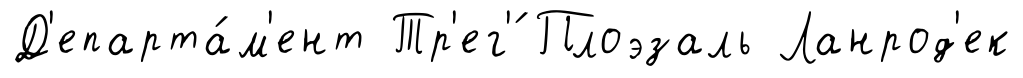
Д'епарта́м'ент Тр'ег'́ Плоэзаль Ланрод'ек